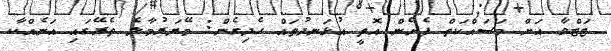
ޓަޓްވާ އަށް މަސައްކަތް ފެށެން އޮތީ އުޅަނދުތައް ހެދިގެން: މޭޔަރުމާލެ ތެރޭގައި އަނެއްކާ